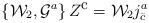
LaTeX: \begin{align*}\left\{ {\cal W}_2 , {\cal G}^a \right\} Z^{\mbox{\small c}} = {\cal W}_2 j^a_{\bar{c}}\end{align*}